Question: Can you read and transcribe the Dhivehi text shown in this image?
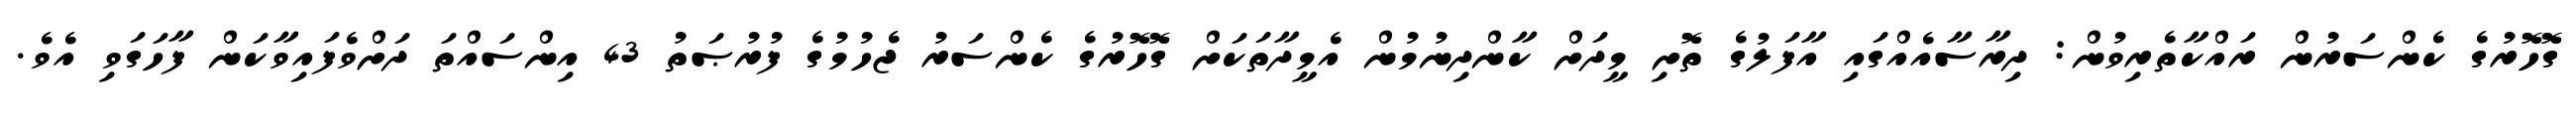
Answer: ގޮހޮރުގެ ކެންސަރުން ރައްކާތެރިވުން: ދިރާސާއެއްގައި އާފަލުގެ ތޮށި މީދަށް ކާންދިނުމުން އެމީދާތަކަށް ގޮހޮރުގެ ކެންސަރު ޖެހުމުގެ ފުރުޞަތު 43 އިންސައްތަ ދަށްވެފައިވާކަން ފާހަގަވި އެވެ.